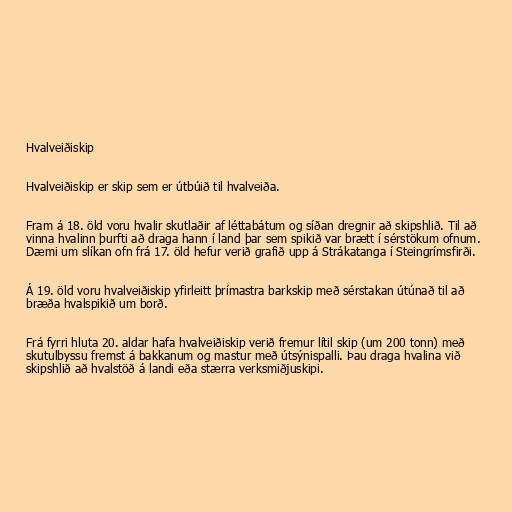
Hvalveiðiskip

Hvalveiðiskip er skip sem er útbúið til hvalveiða.

Fram á 18. öld voru hvalir skutlaðir af léttabátum og síðan dregnir að skipshlið. Til að
vinna hvalinn þurfti að draga hann í land þar sem spikið var brætt í sérstökum ofnum.
Dæmi um slíkan ofn frá 17. öld hefur verið grafið upp á Strákatanga í Steingrímsfirði.

Á 19. öld voru hvalveiðiskip yfirleitt þrímastra barkskip með sérstakan útúnað til að
bræða hvalspikið um borð.

Frá fyrri hluta 20. aldar hafa hvalveiðiskip verið fremur lítil skip (um 200 tonn) með
skutulbyssu fremst á bakkanum og mastur með útsýnispalli. Þau draga hvalina við
skipshlið að hvalstöð á landi eða stærra verksmiðjuskipi.